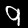
Label: 9